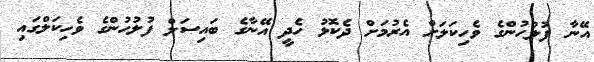
އޭނާ ފުލުހުންގެ ވެހިކަލަށް އެރުމަށް ދެކޮޅު ހެދީ އޭނާގެ ބައިސަލް ފުލުހުންގެ ވެހިކަލްގައި